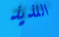
اللذيذ